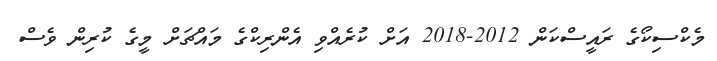
މެކްސިކޯގެ ރައީސްކަން 2012-2018 އަށް ކުރެއްވި އެންރިކްގެ މައްޗަށް މީގެ ކުރިން ވެސް